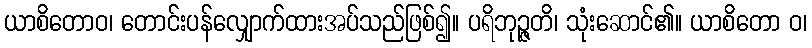
ယာစိတောဝ၊ တောင်းပန်လျှောက်ထားအပ်သည်ဖြစ်၍။ ပရိဘုဉ္ဇတိ၊ သုံးဆောင်၏။ ယာစိတော ဝ၊